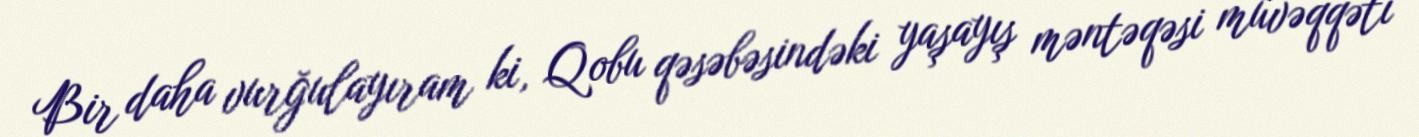
Bir daha vurğulayıram ki, Qobu qəsəbəsindəki yaşayış məntəqəsi müvəqqəti